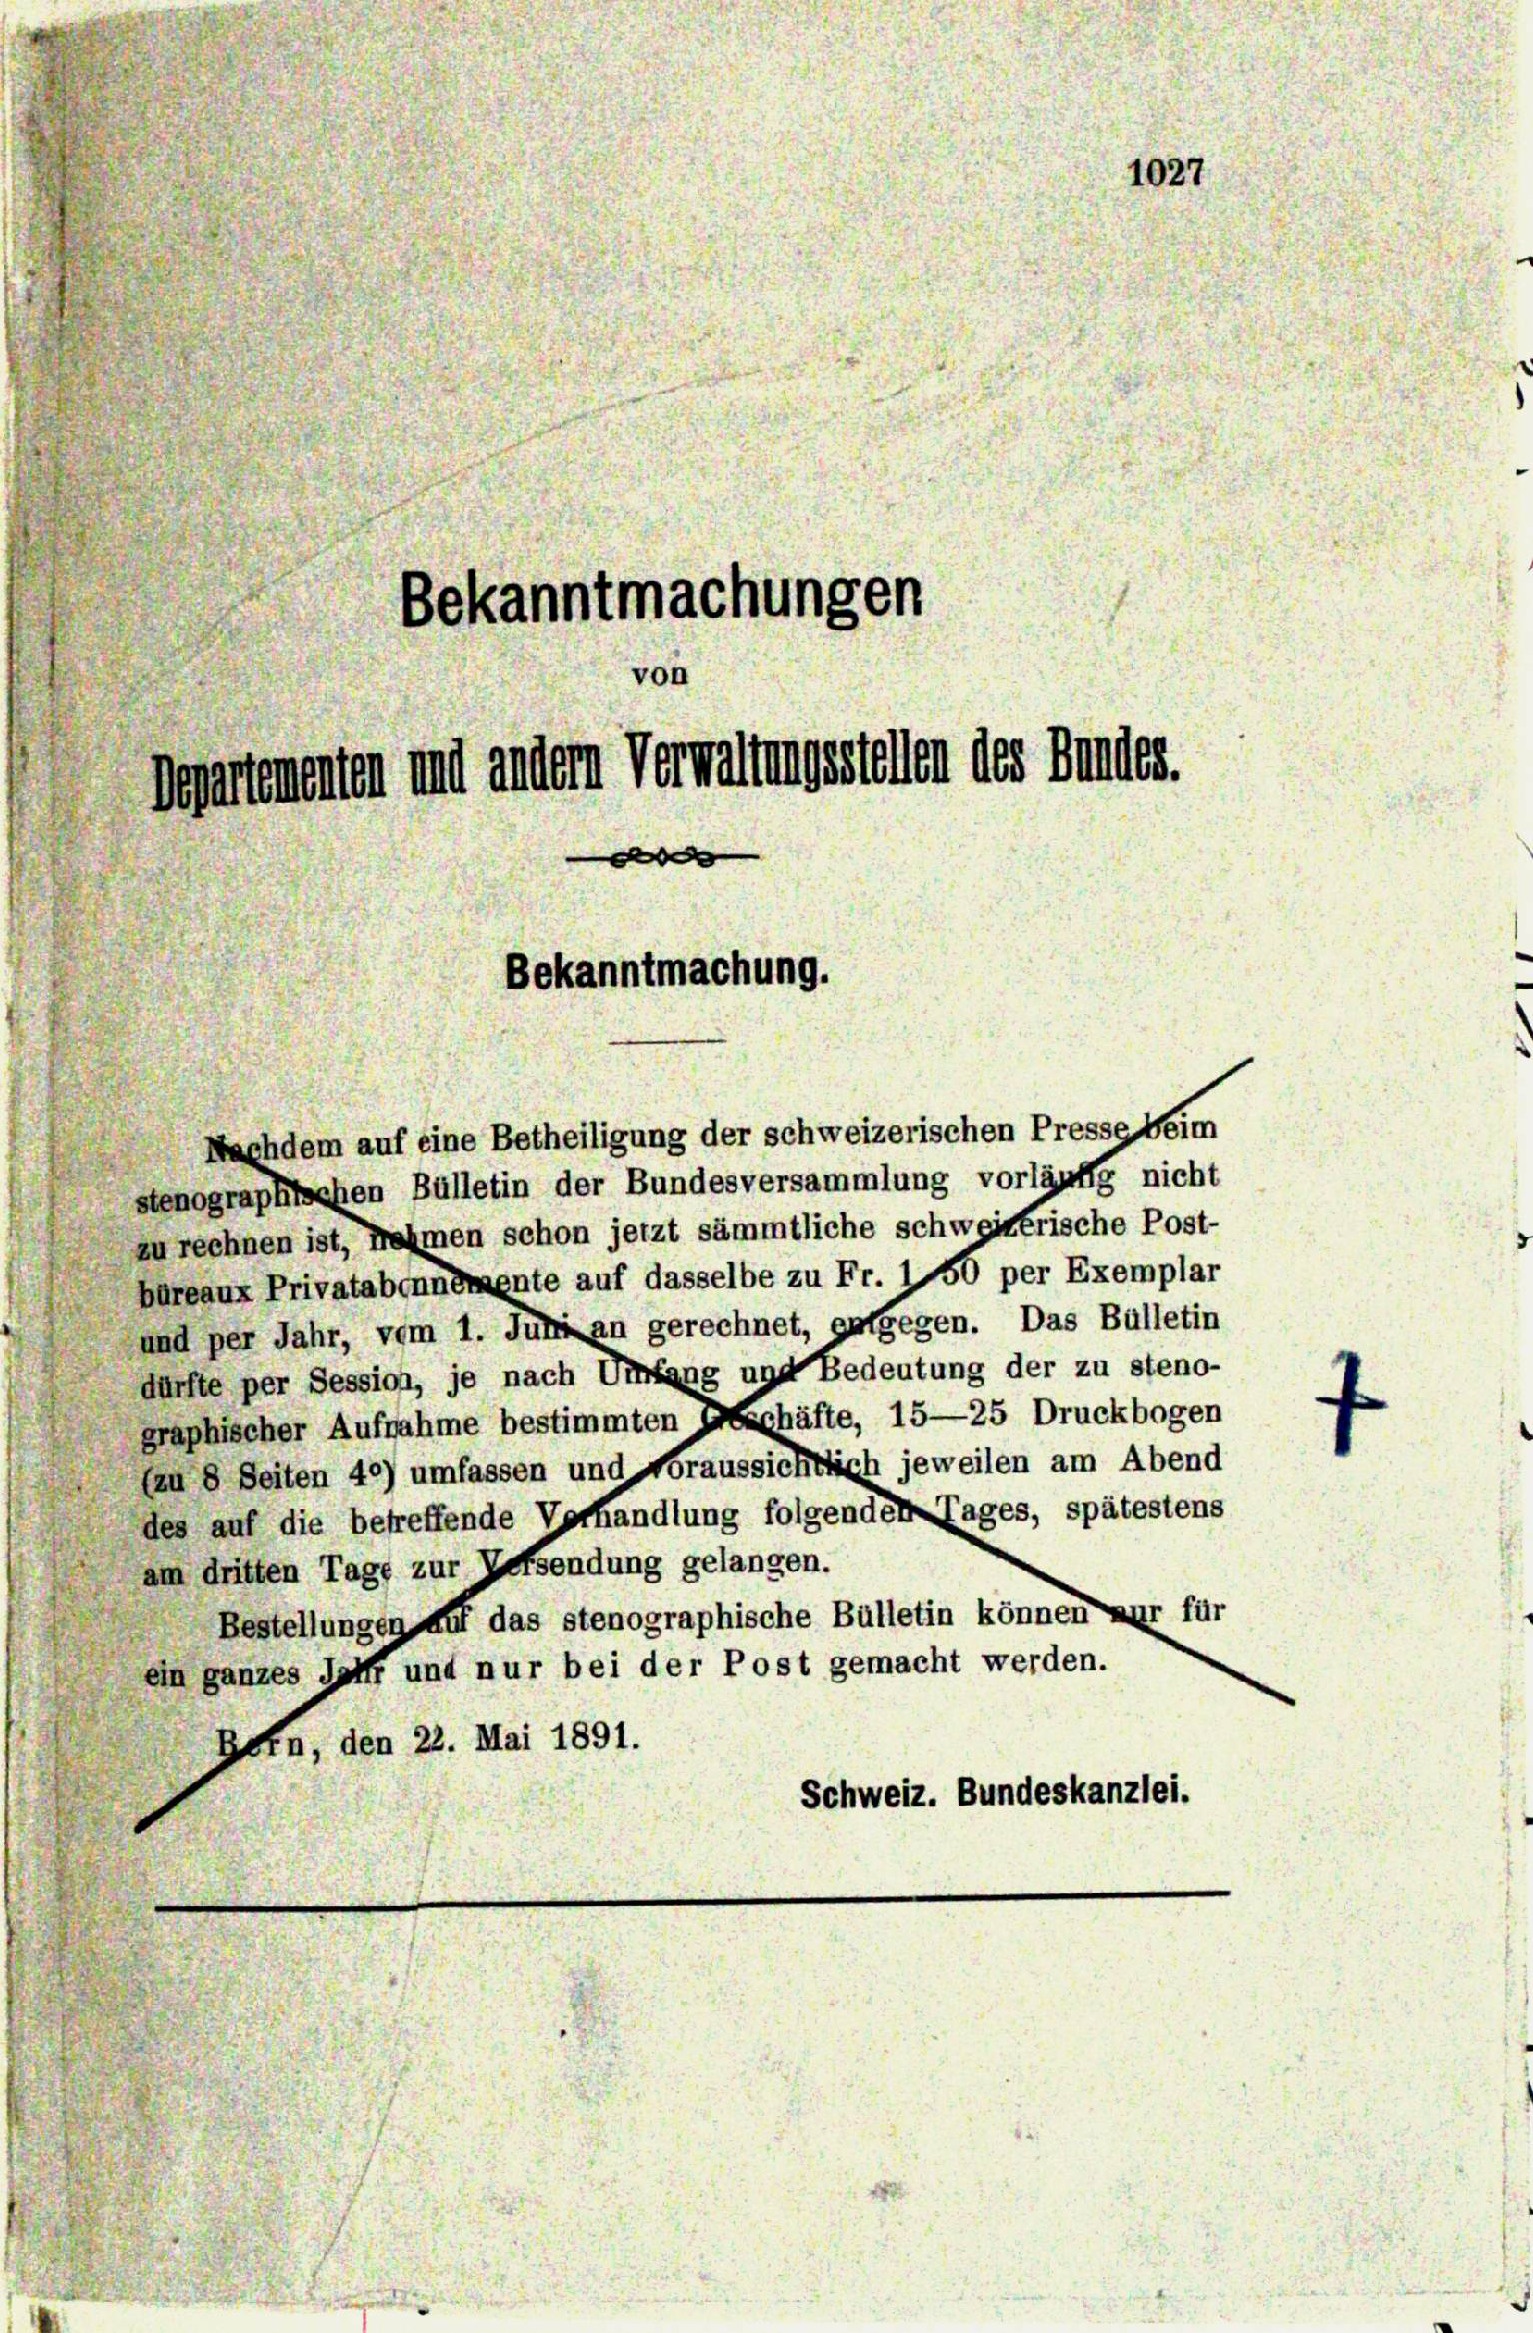
Nachdem auf eine Betheiligung der schweizerischen Presse Heim
stenographischen Bülletin der Bundesversammlung vorläufig nicht
zu rechnen ist, freimen schon jetzt sämmtliche schweizerische Post-
büreaux Privatabcnnemente auf dasselbe zu Fr. 150 per Exemplar
und per Jahr, vom 1. Juli an gerechnet, gutgegen. Das Bülletin
dürfte per Session, je nach Umfang und Bedeutung der zu steno-
graphischer Aufnahme bestimmten Geschäfte, 15—25 Druckbogen
leu 8 Seiten 40) umfassen und Voraussichtlich jeweilen am Abend
des auf die betreffende Verhandlung folgenden Tages, spätestens
am dritten Tage zur Zefsendung gelangen.
Bestellungen auf das stenographische Bülletin können nur für
ein ganzes Hoff und nur bei der Post gemacht werden.
Bern, den 22. Mai 1891.
Schweiz. Bundeskanzlei.

1027
Bekanntmachungen
departementen und andern Verwaltungsstellen des Bundes.
d
Bekanntmachung.